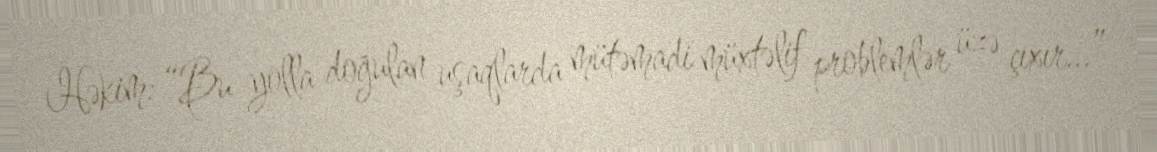
Həkim: “Bu yolla doğulan uşaqlarda mütəmadi müxtəlif problemlər üzə çıxır...”